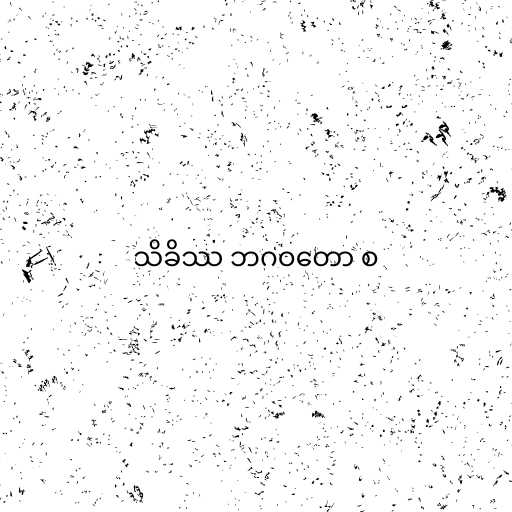
သိခိဿ ဘဂဝတော စ